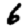
Digit: 6